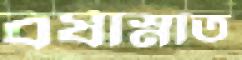
বর্ষাস্নাত